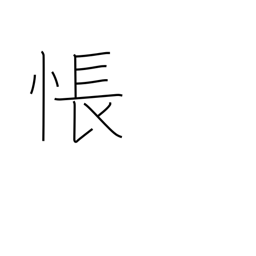
Meaning: be sad